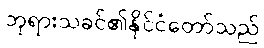
ဘုရားသခင်၏နိုင်ငံတော်သည်